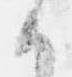
候